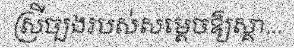
ស្រីច្បងរបស់សម្តេចឱ្យស្គា...